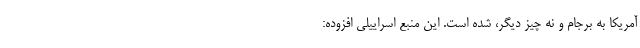
آمریکا به برجام و نه چیز دیگر، شده است. این منبع اسراییلی افزوده: